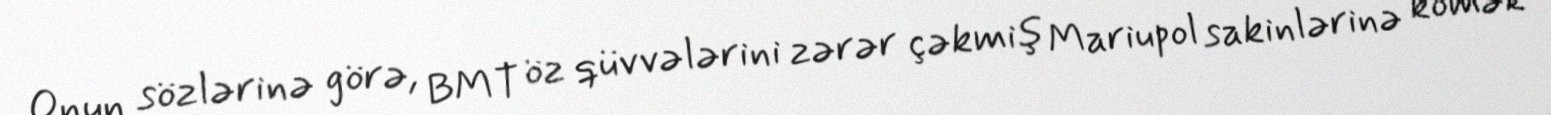
Onun sözlərinə görə, BMT öz qüvvələrini zərər çəkmiş Mariupol sakinlərinə kömək